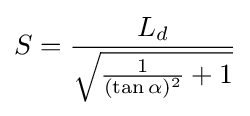
S={\frac {L_{d}}{\sqrt {{\frac {1}{(\tan \alpha )^{2}}}+1}}}